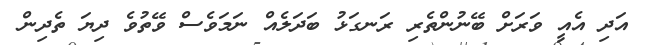
އަދި އެއީ ވަރަށް ބޭނުންތެރި ރަނގަޅު ބަދަލެއް ނަމަވެސް ވޭތުވެ ދިޔަ ތެދިން